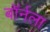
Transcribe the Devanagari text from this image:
बॉर्नला